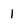
Character: 1